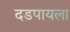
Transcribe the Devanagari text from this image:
दडपायला